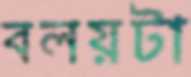
বলয়টা